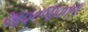
આવનજાવનના